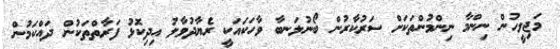
މަޖިލީހުން ނިންމާ ނިންމުންތަކަށް ސަރުކާރުން ބޯނުލަނބާ ވާހަކައަކީ ރެޔާދުވާލު އިދިކޮޅު ފަރާތްތަކުން ދައްކަމުން